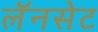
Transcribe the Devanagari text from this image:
लॅनसेट